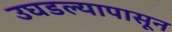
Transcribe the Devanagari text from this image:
उघडल्यापासून